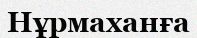
Нұрмаханға